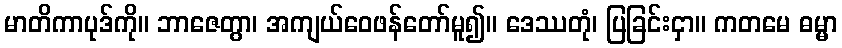
မာတိကာပုဒ်ကို။ ဘာဇေတွာ၊ အကျယ်ဝေဖန်တော်မူ၍။ ဒေဿတုံ၊ ပြခြင်းငှာ။ ကတမေ ဓမ္မာ